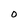
Character: O